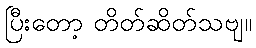
ပြီးတော့ တိတ်ဆိတ်သဗျ။